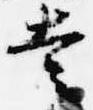
幸